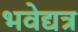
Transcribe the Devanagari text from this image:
भवेद्यत्र